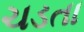
ચડતા